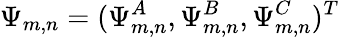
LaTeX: \Psi_{m,n}=(\Psi_{m,n}^{A},\Psi_{m,n}^{B},\Psi_{m,n}^{C})^{T}